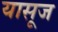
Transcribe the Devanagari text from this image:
यासूज